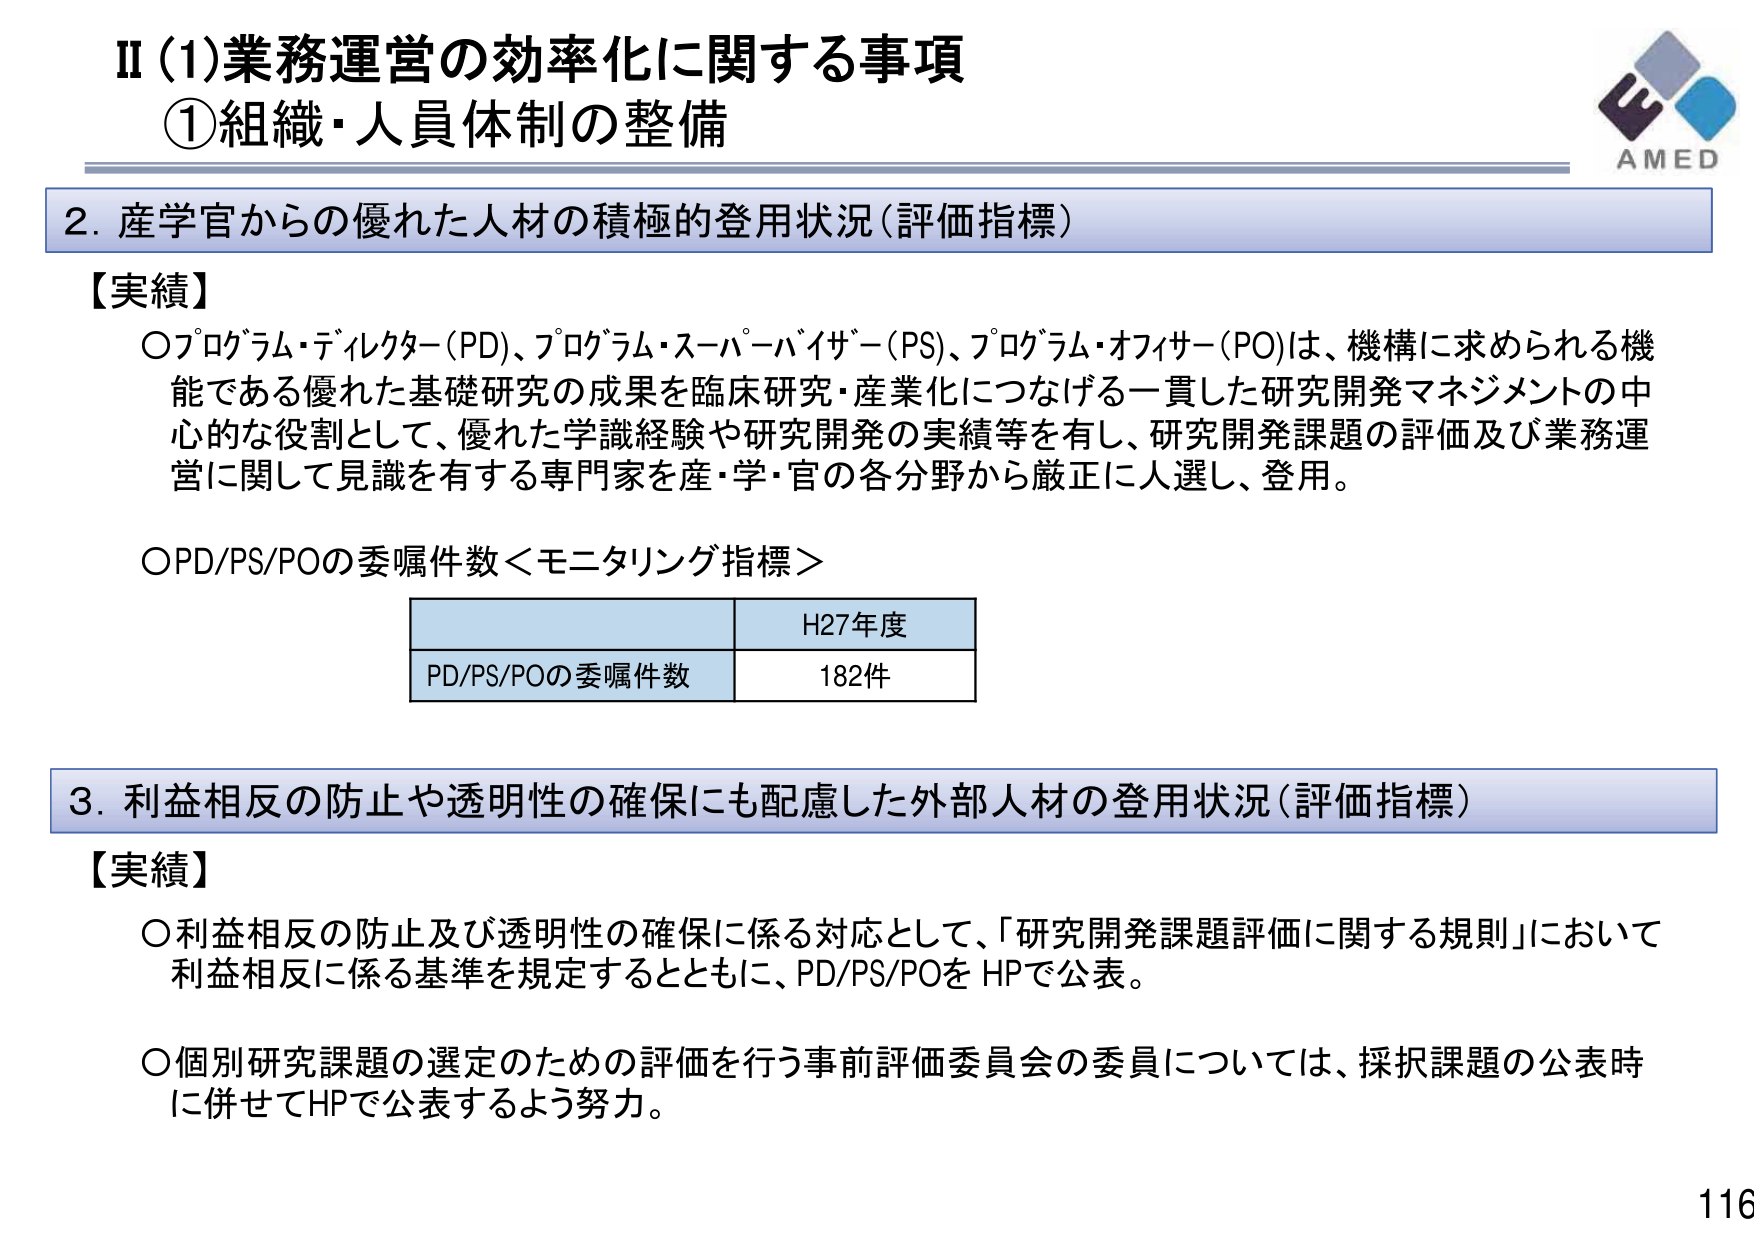
II (1)業務運営の効率化に関する事項
①組織・人員体制の整備

2. 産学官からの優れた人材の積極的登用状況（評価指標）

【実績】
○プログラム・ディレクター（PD）、プログラム・スーパーバイザー（PS）、プログラム・オフィサー（PO）は、機構に求められる機能である優れた基礎研究の成果を臨床研究・産業化につなげる一貫した研究開発マネジメントの中心的な役割として、優れた学識経験や研究開発の実績等を有し、研究開発課題の評価及び業務運営に関して見識を有する専門家を産・学・官の各分野から厳正に人選し、登用。

○PD/PS/POの委嘱件数＜モニタリング指標＞
| | H27年度 |
|---|---|
| PD/PS/POの委嘱件数 | 182件 |

3. 利益相反の防止や透明性の確保にも配慮した外部人材の登用状況（評価指標）

【実績】
○利益相反の防止及び透明性の確保に係る対応として、「研究開発課題評価に関する規則」において利益相反に係る基準を規定するとともに、PD/PS/POをHPで公表。

○個別研究課題の選定のための評価を行う事前評価委員会の委員については、採択課題の公表時に併せてHPで公表するよう努力。

AMED
116